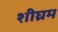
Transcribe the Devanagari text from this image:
शीघ्रम